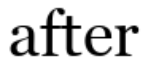
after